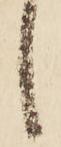
之